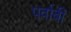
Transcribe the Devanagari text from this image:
पर्वाबी